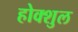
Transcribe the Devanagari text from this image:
होक्शुल